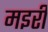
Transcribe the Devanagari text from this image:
मइरी